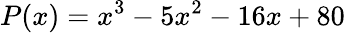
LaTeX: P(x)=x^{3}-5x^{2}-16x+80